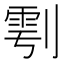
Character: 𭄆